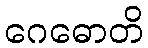
ဂေဓောတိ